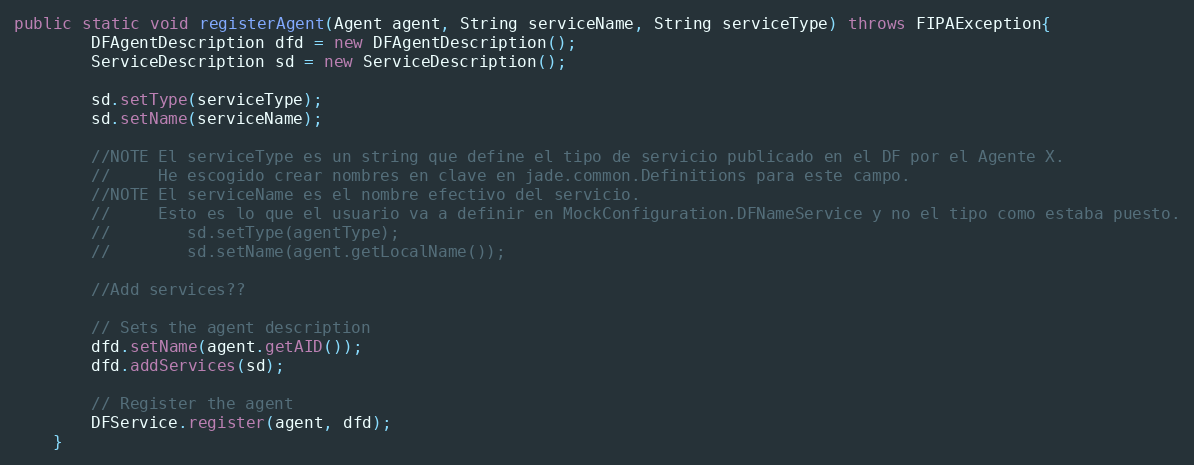
Language: Java
public static void registerAgent(Agent agent, String serviceName, String serviceType) throws FIPAException{
        DFAgentDescription dfd = new DFAgentDescription();
        ServiceDescription sd = new ServiceDescription();

        sd.setType(serviceType);
        sd.setName(serviceName);

        //NOTE El serviceType es un string que define el tipo de servicio publicado en el DF por el Agente X.
        //     He escogido crear nombres en clave en jade.common.Definitions para este campo.
        //NOTE El serviceName es el nombre efectivo del servicio.
        //     Esto es lo que el usuario va a definir en MockConfiguration.DFNameService y no el tipo como estaba puesto.
        //        sd.setType(agentType);
        //        sd.setName(agent.getLocalName());

        //Add services??

        // Sets the agent description
        dfd.setName(agent.getAID());
        dfd.addServices(sd);

        // Register the agent
        DFService.register(agent, dfd);
    }